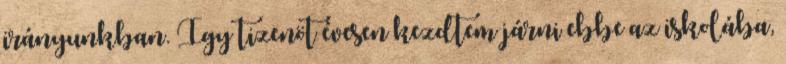
irányunkban. Így tizenöt évesen kezdtem járni ebbe az iskolába,